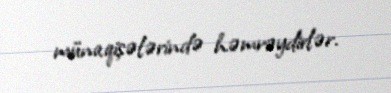
münaqişələrində həmrəydirlər.